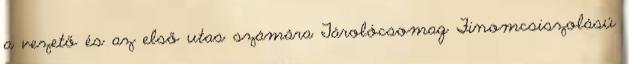
a vezető és az első utas számára Tárolócsomag Finomcsiszolású